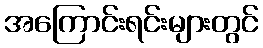
အကြောင်းရင်းများတွင်